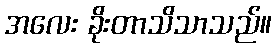
အလေး ခိုးတာသိသာသည်။